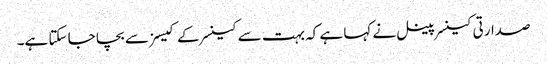
صدارتی کینسر پینل نے کہا ہے کہ بہت سے کینسر کے کیسز سے بچا جا سکتا ہے۔